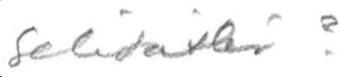
Selitätkö?